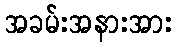
အခမ်းအနားအား